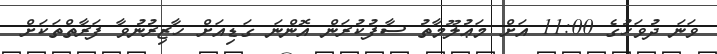
ވަނަ ދުވަހުގެ 11:00 އަށް މަޢުލޫމާތު ސާފުކުރަން އޮންނަ ގަޑިއަށް ހާޒިރުނުވާ ފަރާތްތަކަށް